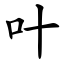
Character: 叶